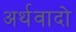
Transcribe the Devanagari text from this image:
अर्थवादो